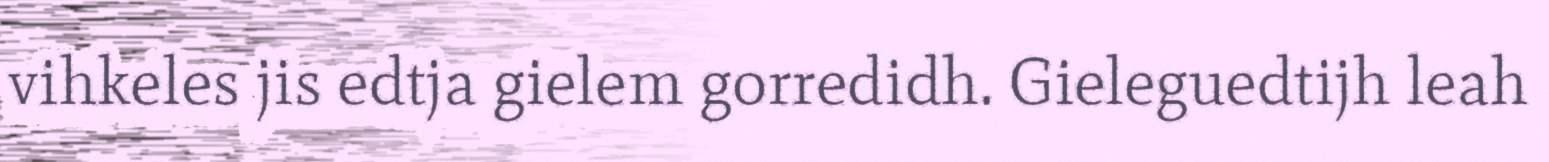
vihkeles jis edtja gielem gorredidh. Gieleguedtijh leah